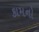
કામનો